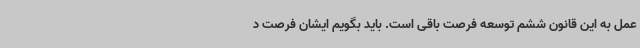
عمل به این قانون ششم توسعه فرصت باقی است. باید بگویم ایشان فرصت د